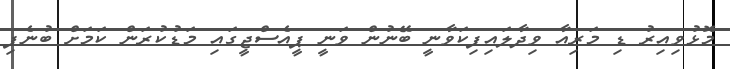
މޮޅުވިއިރު ޑި މަރިއާ ވިދާލައިފިކަވާނީ ބޭނުން ވަނީ ޕީއެސްޖީގައި މަޑުކުރަން ކަމަށް ބުނެފި